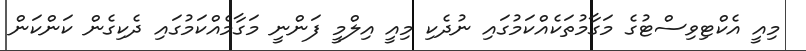
މިއީ އެކްޓިވިސްޓުގެ މަގާމުތަކެއްކަމުގައި ނުދެކި މިއީ އިލްމީ ފަންނީ މަގާމެއްކަމުގައި ދެކިގެން ކަންކަން